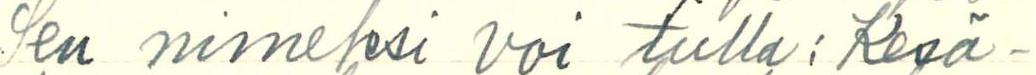
Sen nimeksi voi tulla: Kesä-